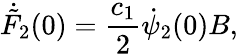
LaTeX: \dot{\tilde{F}}_{2}(0)=\frac{c_{1}}{2}\dot{\psi}_{2}(0)B,